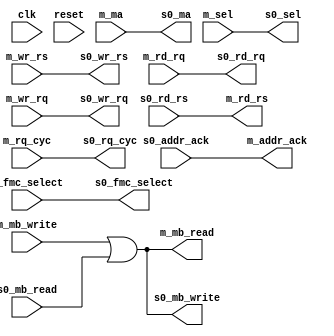
module membus_1_connect(
	// unused
	input wire clk,
	input wire reset,

	// Master
	input wire m_wr_rs,
	input wire m_rq_cyc,
	input wire m_rd_rq,
	input wire m_wr_rq,
	input wire [21:35] m_ma,
	input wire [18:21] m_sel,
	input wire m_fmc_select,
	input wire [0:35] m_mb_write,
	output wire m_addr_ack,
	output wire m_rd_rs,
	output wire [0:35] m_mb_read,

	// Slave 0
	output wire s0_wr_rs,
	output wire s0_rq_cyc,
	output wire s0_rd_rq,
	output wire s0_wr_rq,
	output wire [21:35] s0_ma,
	output wire [18:21] s0_sel,
	output wire s0_fmc_select,
	output wire [0:35] s0_mb_write,
	input wire s0_addr_ack,
	input wire s0_rd_rs,
	input wire [0:35] s0_mb_read
);
	wire [0:35] mb_out = m_mb_write | s0_mb_read;

	assign m_addr_ack = s0_addr_ack;
	assign m_rd_rs = s0_rd_rs;
	assign m_mb_read = mb_out;

	assign s0_wr_rs = m_wr_rs;
	assign s0_rq_cyc = m_rq_cyc;
	assign s0_rd_rq = m_rd_rq;
	assign s0_wr_rq = m_wr_rq;
	assign s0_ma = m_ma;
	assign s0_sel = m_sel;
	assign s0_fmc_select = m_fmc_select;
	assign s0_mb_write = mb_out;
endmodule